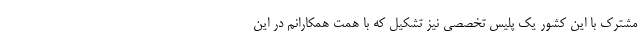
مشترک با این کشور یک پلیس تخصصی نیز تشکیل که با همت همکارانم در این